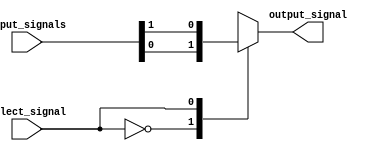
module mux_2to1 (
    input wire [1:0] input_signals,
    input wire select_signal,
    output reg output_signal
);

always @ (select_signal or input_signals)
begin
    case (select_signal)
        0: output_signal = input_signals[0];
        1: output_signal = input_signals[1];
    endcase
end

endmodule